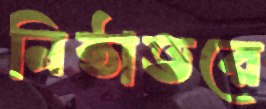
নিষ্ঠাভরে